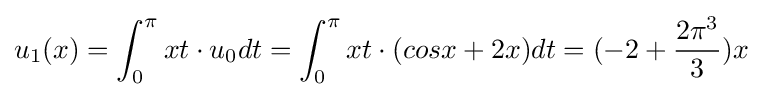
u_{1}(x)=\int _{0}^{\pi }xt\cdot u_{0}dt=\int _{0}^{\pi }xt\cdot (cosx+2x)dt=(-2+{\frac {2\pi ^{3}}{3}})x